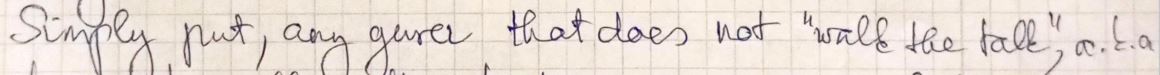
simply put, any given that does not " walk the talk, a.t.a